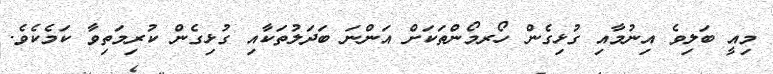
މިއީ ބަލިވެ އިނުމާއި ގުޅިގެން ހޯރމޯންތަކަށް އަންނަ ބަދަލުތަކާއި ގުޅިގެން ކުރިމަތިވާ ކަމެކެވެ.